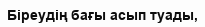
Біреудің бағы асып туады,